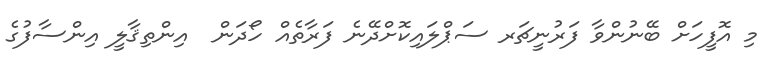
މި އޮފީހަށް ބޭނުންވާ ފަރުނީޗަރ ސަޕްލައިކޮށްދޭނެ ފަރާތެއް ހޯދަން  އިންތިޤާލީ އިންސާފުގެ